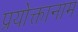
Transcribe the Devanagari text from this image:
प्रयोक्तानाम